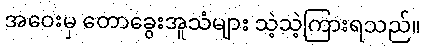
အဝေးမှ တောခွေးအူသံများ သဲ့သဲ့ကြားရသည်။